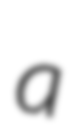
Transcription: a